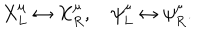
X _ { L } ^ { \mu } \leftrightarrow X _ { R } ^ { \mu } , \quad \psi _ { L } ^ { \mu } \leftrightarrow \psi _ { R } ^ { \mu } .